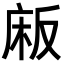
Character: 𫷰